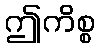
ဤကိစ္စ